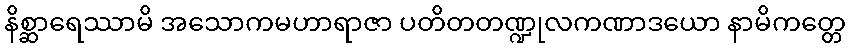
နိစ္ဆာရေဿာမိ အသောကမဟာရာဇာ ပတိတတဏ္ဍုလကဏာဒယော နာမိကတ္တေ